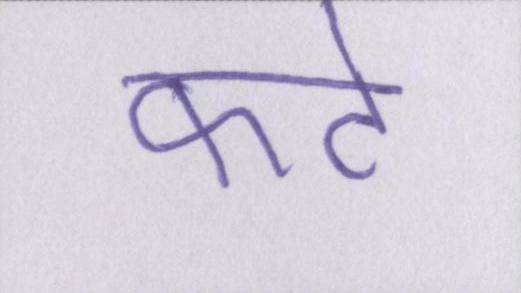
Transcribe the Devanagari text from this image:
कटे